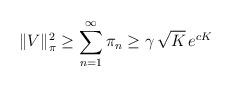
LaTeX: \begin{align*}\|V\|_{\pi}^{2}\geq \sum_{n=1}^\infty \pi_n \geq \gamma\, \sqrt{K}\, e^{c K}\end{align*}